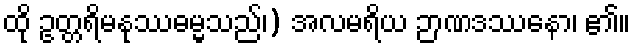
ထို ဥတ္တရိမနုဿဓမ္မသည်၊) အလမရိယ ဉာဏဒဿနော၊ ၏။